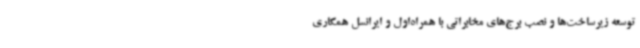
توسعه زیرساخت‌ها و نصب برج‌های مخابراتی با همراه‌اول و ایرانسل همکاری